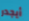
أيجدر